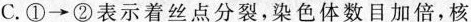
C.①\longrightarrow②表示着丝点分裂，染色体数目加倍，核